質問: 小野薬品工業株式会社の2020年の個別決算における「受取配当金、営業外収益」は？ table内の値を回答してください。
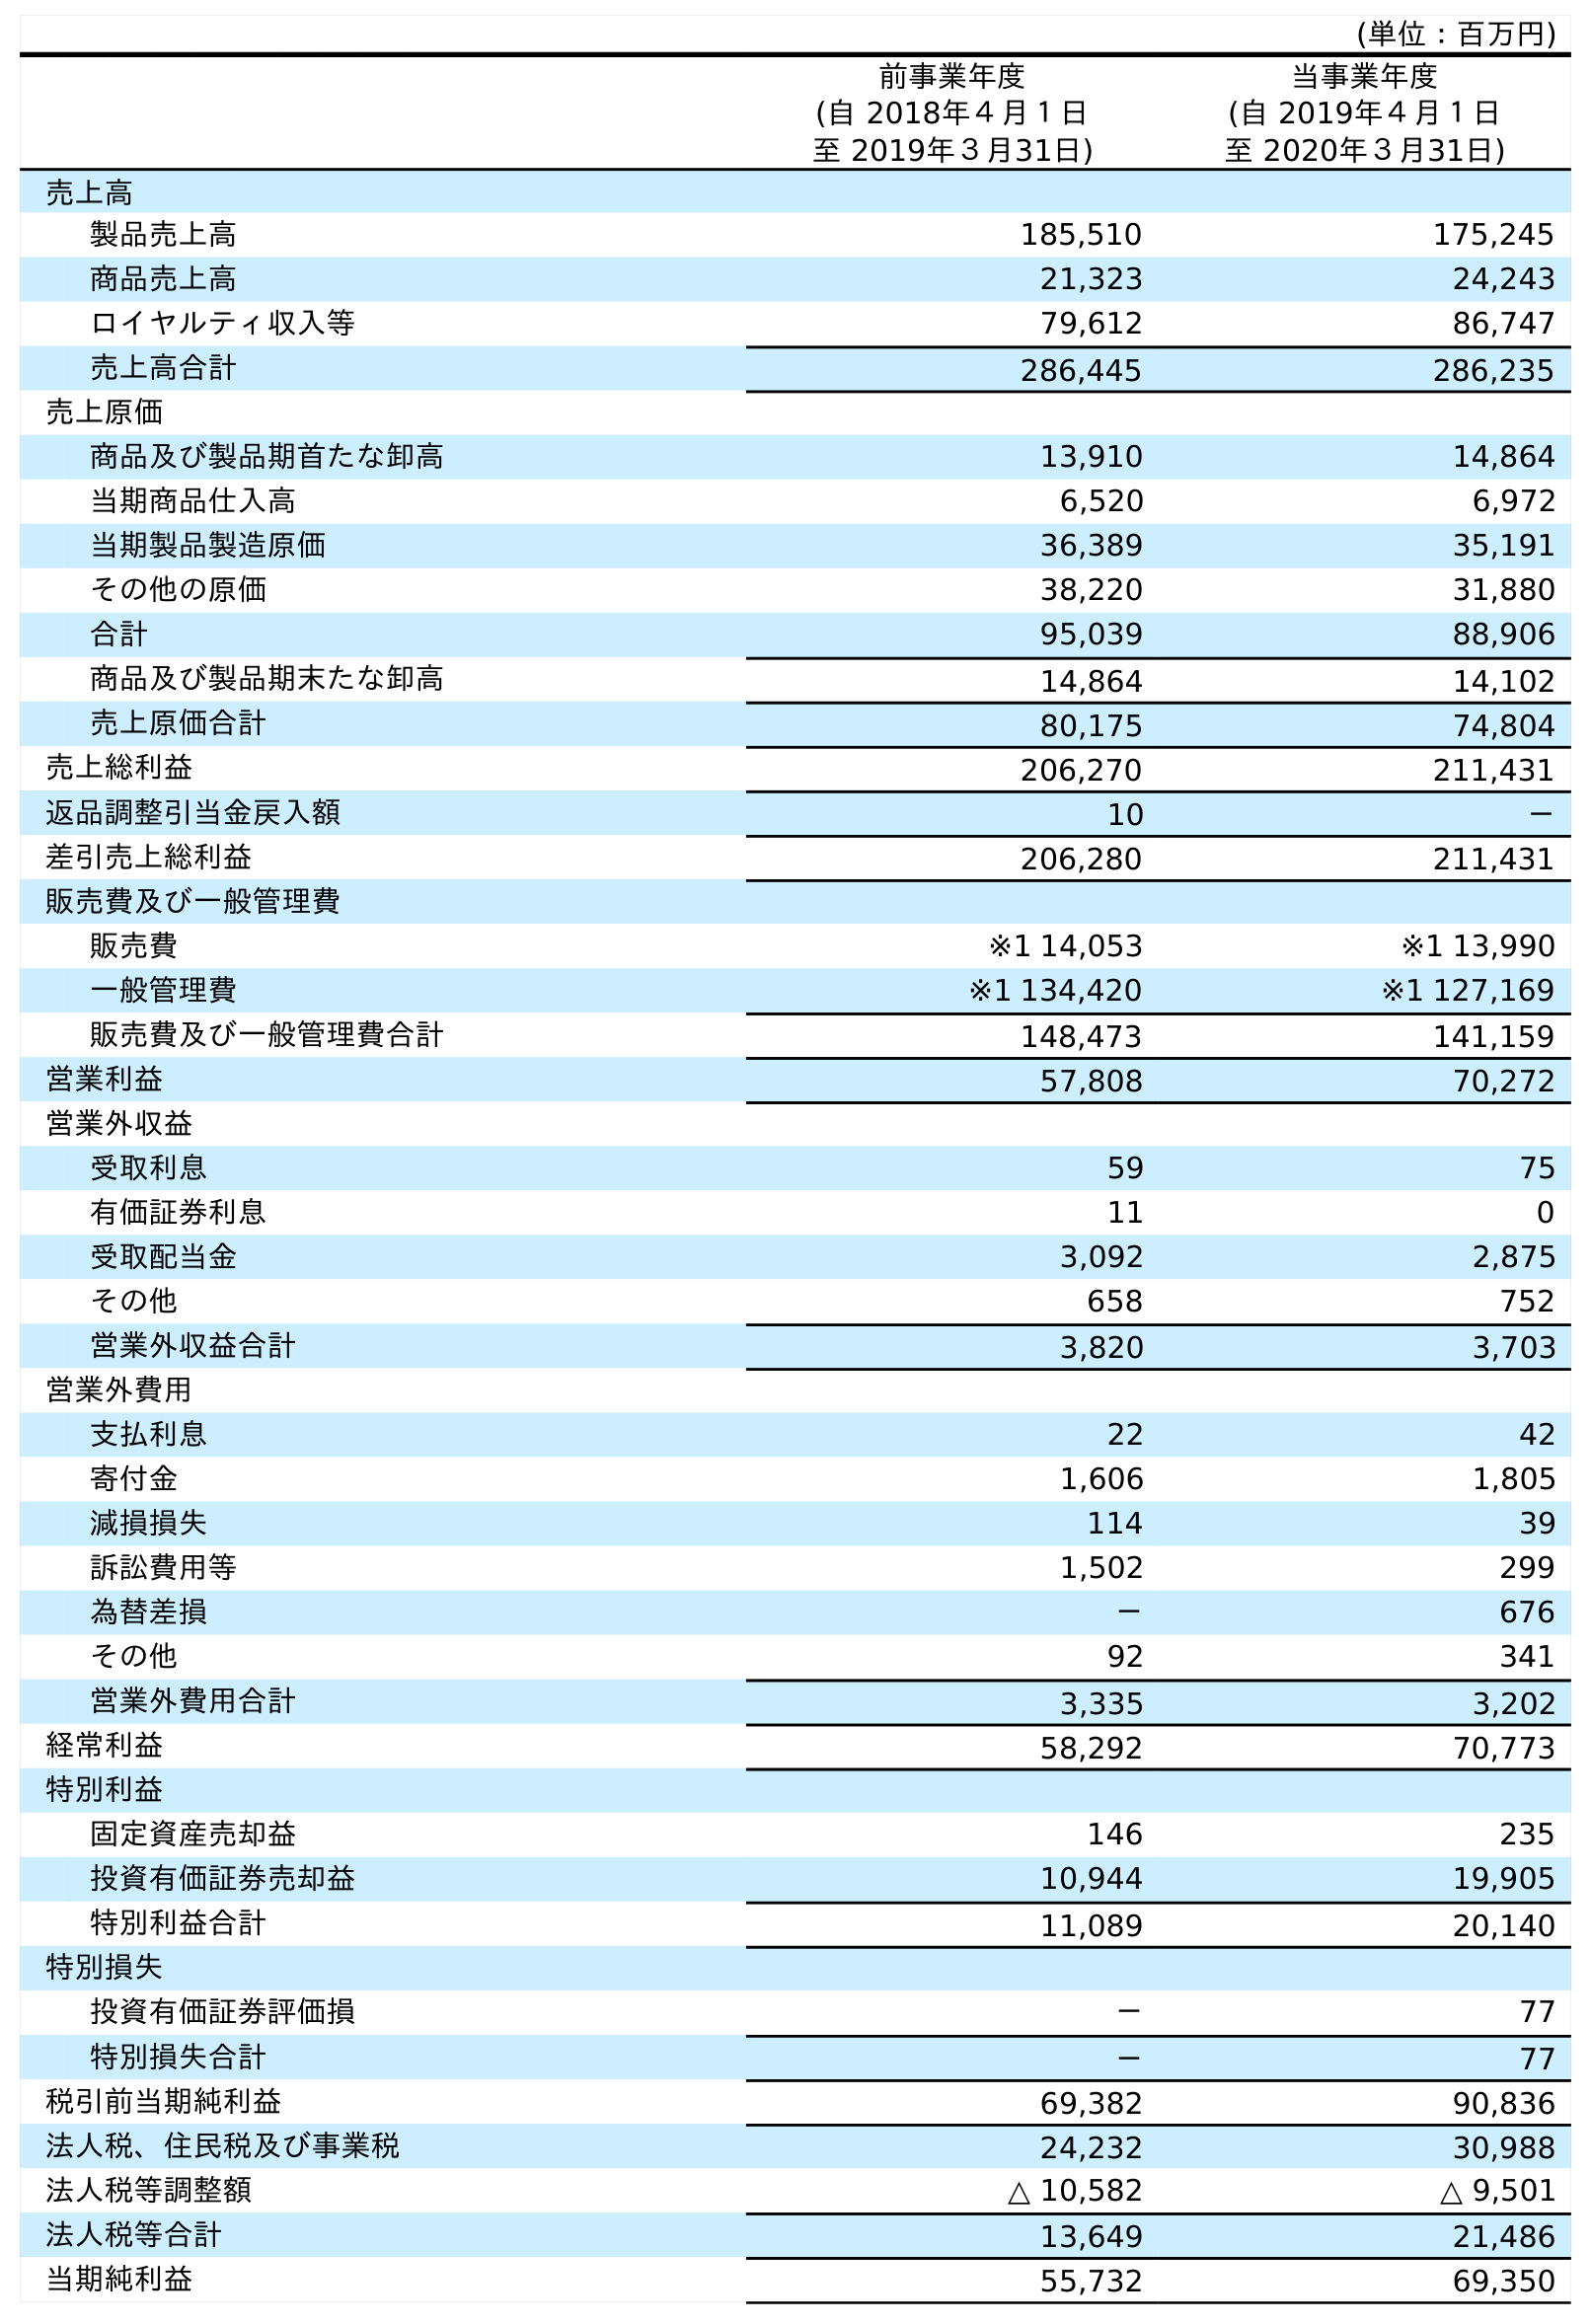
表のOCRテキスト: (単位：百万円) 前事業年度 (自 2018年４月１日 至 2019年３月31日) 当事業年度 (自 2019年４月１日 至 2020年３月31日) 売上高 製品売上高 185,510 175,245 商品売上高 21,323 24,243 ロイヤルティ収入等 79,612 86,747 売上高合計 286,445 286,235 売上原価 商品及び製品期首たな卸高 13,910 14,864 当期商品仕入高 6,520 6,972 当期製品製造原価 36,389 35,191 その他の原価 38,220 31,880 合計 95,039 88,906 商品及び製品期末たな卸高 14,864 14,102 売上原価合計 80,175 74,804 売上総利益 206,270 211,431 返品調整引当金戻入額 10 － 差引売上総利益 206,280 211,431 販売費及び一般管理費 販売費 ※1 14,053 ※1 13,990 一般管理費 ※1 134,420 ※1 127,169 販売費及び一般管理費合計 148,473 141,159 営業利益 57,808 70,272 営業外収益 受取利息 59 75 有価証券利息 11 0 受取配当金 3,092 2,875 その他 658 752 営業外収益合計 3,820 3,703 営業外費用 支払利息 22 42 寄付金 1,606 1,805 減損損失 114 39 訴訟費用等 1,502 299 為替差損 － 676 その他 92 341 営業外費用合計 3,335 3,202 経常利益 58,292 70,773 特別利益 固定資産売却益 146 235 投資有価証券売却益 10,944 19,905 特別利益合計 11,089 20,140 特別損失 投資有価証券評価損 － 77 特別損失合計 － 77 税引前当期純利益 69,382 90,836 法人税、住民税及び事業税 24,232 30,988 法人税等調整額 △ 10,582 △ 9,501 法人税等合計 13,649 21,486 当期純利益 55,732 69,350
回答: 2,875